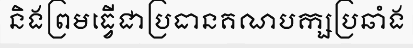
និងព្រមធ្វើជាប្រធានគណបក្សប្រឆាំង